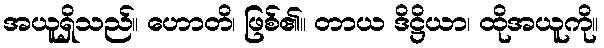
အယူရှိသည်။ ဟောတိ၊ ဖြစ်၏။ တာယ ဒိဋ္ဌိယာ၊ ထိုအယူကို။